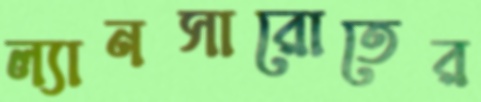
ল্যানসারোতের